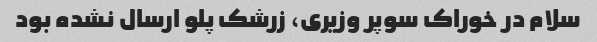
سلام در خوراک سوپر وزیری، زرشک پلو ارسال نشده بود